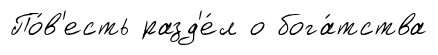
По́в'есть разд'е́л о бога́тства